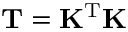
{ \bf T } = { \bf K } ^ { \mathrm { T } } { \bf K }